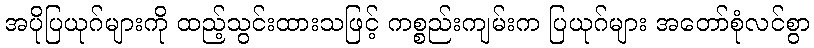
အပိုပြယုဂ်များကို ထည့်သွင်းထားသဖြင့် ကစ္စည်းကျမ်းက ပြယုဂ်များ အတော်စုံလင်စွာ